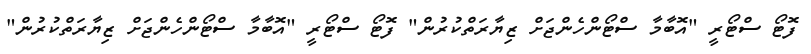
ފޮޓޯ ސްޓޯރީ "އޮބާމާ ސްޓޯންހެންޖަށް ޒިޔާރަތްކުރުން" ފޮޓޯ ސްޓޯރީ "އޮބާމާ ސްޓޯންހެންޖަށް ޒިޔާރަތްކުރުން"